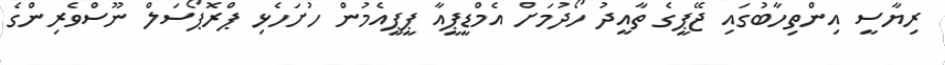
ރިޔާސީ އިންތިހާބުގައި ޖޭޕީގެ ތާއީދު ހޯދުމަށް އެމްޑީޕީއާ ޕީޕީއެމުން ހުށަހެޅި ޕްރޮޕޯސަލް ނޫސްވެރިންގެ